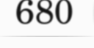
680